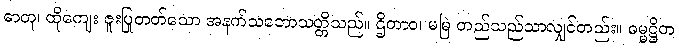
ဓာတု၊ ထိုကျေး ဇူးပြုတတ်သော အနက်သဘောသတ္တိသည်။ ဌိတာဝ၊ မမြဲ တည်သည်သာလျှင်တည်း။ ဓမ္မဋ္ဌိတ